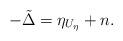
LaTeX: \begin{align*}-\tilde{\Delta} = \eta_{U_{\eta}} + n.\end{align*}